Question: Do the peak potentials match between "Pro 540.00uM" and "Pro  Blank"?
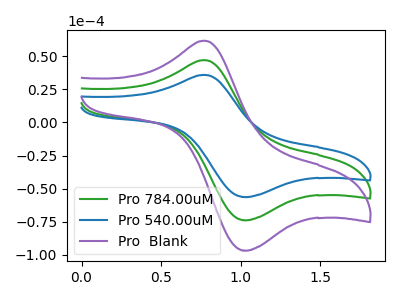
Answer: <think>The green curve "Pro 784.00uM" has an anodic peak at (0.80V, 47.20uA) and a cathodic peak at (1.05V, -73.85uA). The blue curve "Pro 540.00uM" has an anodic peak at (0.80V, 36.00uA) and a cathodic peak at (1.05V, -56.35uA). The purple curve "Pro  Blank" has an anodic peak at (0.80V, 94.40uA) and a cathodic peak at (1.05V, -147.75uA).</think>
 <answer>Yes, "Pro 540.00uM" have a peak in "Pro  Blank" at the same potential.</answer>
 <eval>match</eval>